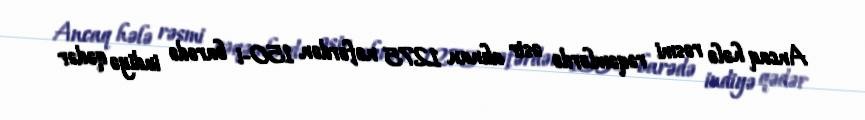
Ancaq hələ rəsmi rəqəmlərdə əsir alınan 1275 nəfərdən 150-i barədə indiyə qədər